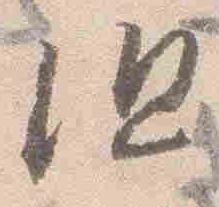
但